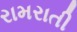
રામરાતી